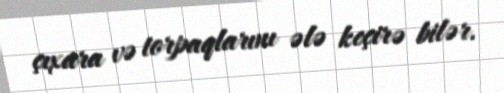
çıxara və torpaqlarını ələ keçirə bilər.